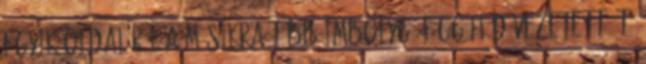
egyik oldaláról a másikra több imbolygó függőhíd vezetett át,